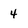
Character: 4